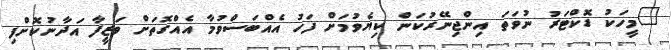
"މީހަކު ޑޮކްޓަރު ނުވަތަ އިންޖިނޭރުކަން ކިޔެވުމަށް ފަހު އެއްބަސްވުމާ އެއްގޮތަށް ވަޒީފާ އަދާނުކޮށްފި